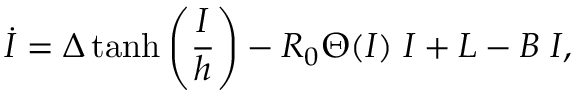
\dot { I } = \Delta \operatorname { t a n h } \left( \frac { I } { h } \right) - R _ { 0 } \Theta ( I ) \; I + L - B \; I ,